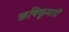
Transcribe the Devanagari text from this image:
ऋषिकुमारों